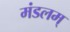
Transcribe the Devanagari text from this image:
मंडलम्‌